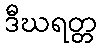
ဒီဃရတ္တ